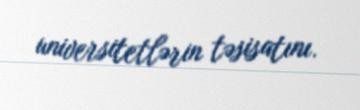
universitetlərin təsisatını.